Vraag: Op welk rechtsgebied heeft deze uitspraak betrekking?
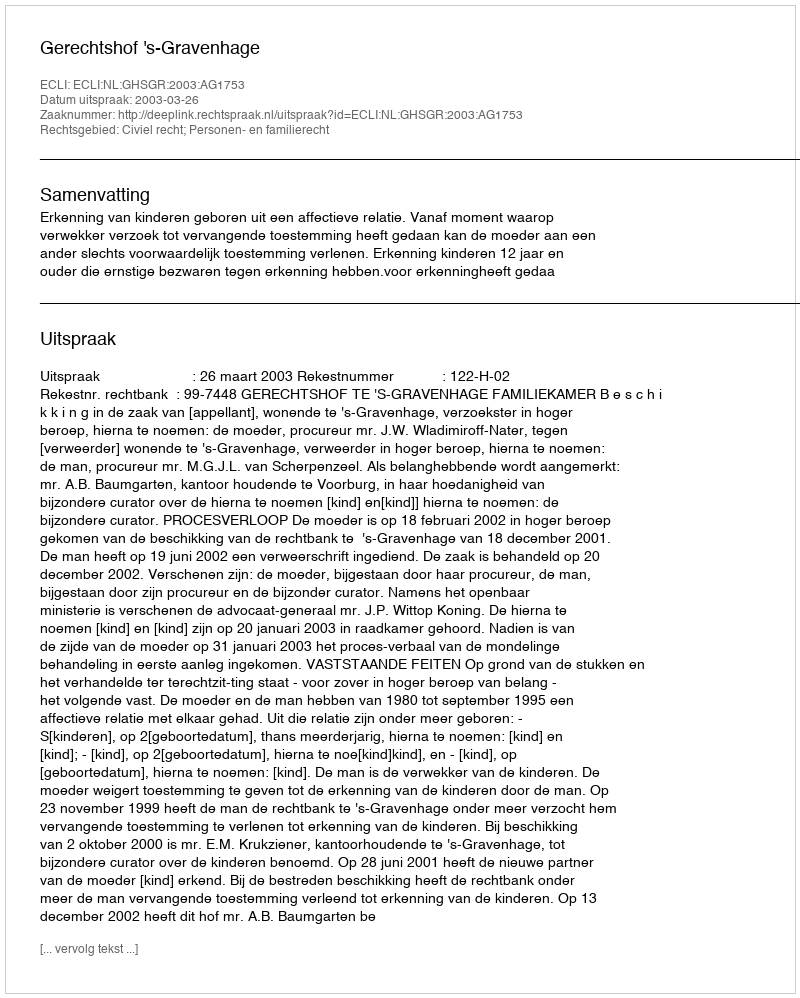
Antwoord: Civiel recht; Personen- en familierecht